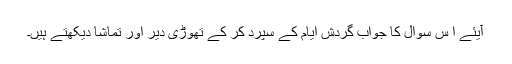
آیئے ا س سوال کا جواب گردش ایام کے سپرد کر کے تھوڑی دیر اور تماشا دیکھتے ہیں۔